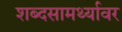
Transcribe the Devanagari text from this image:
शब्दसामर्थ्यावर